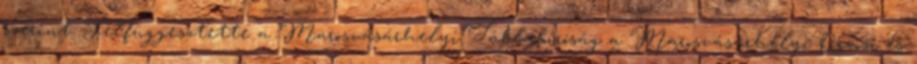
szerint. Felfüggesztette a Marosvásárhelyi Táblabíróság a Marosvásárhelyi Orvosi és